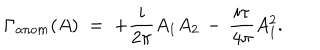
\Gamma _ { a n o m } ( A ) \; = \; + \frac { i } { 2 \pi } A _ { 1 } A _ { 2 } \, - \, \frac { i \tau } { 4 \pi } A _ { 1 } ^ { 2 } .